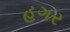
હગર